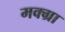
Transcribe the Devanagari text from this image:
मक्ग्रा